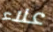
علاء